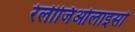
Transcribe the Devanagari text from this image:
रेलीजिओलाइसो